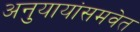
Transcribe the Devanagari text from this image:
अनुयायांसमवेत